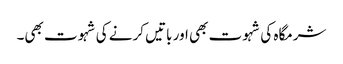
شرمگاہ کی شہوت بھی اور باتیں کرنے کی شہوت بھی۔